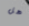
هل